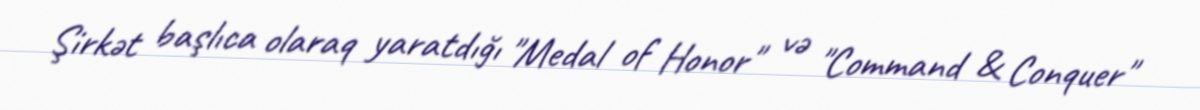
Şirkət başlıca olaraq yaratdığı "Medal of Honor" və "Command & Conquer"